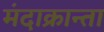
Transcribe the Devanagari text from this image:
मंदाक्रान्ता